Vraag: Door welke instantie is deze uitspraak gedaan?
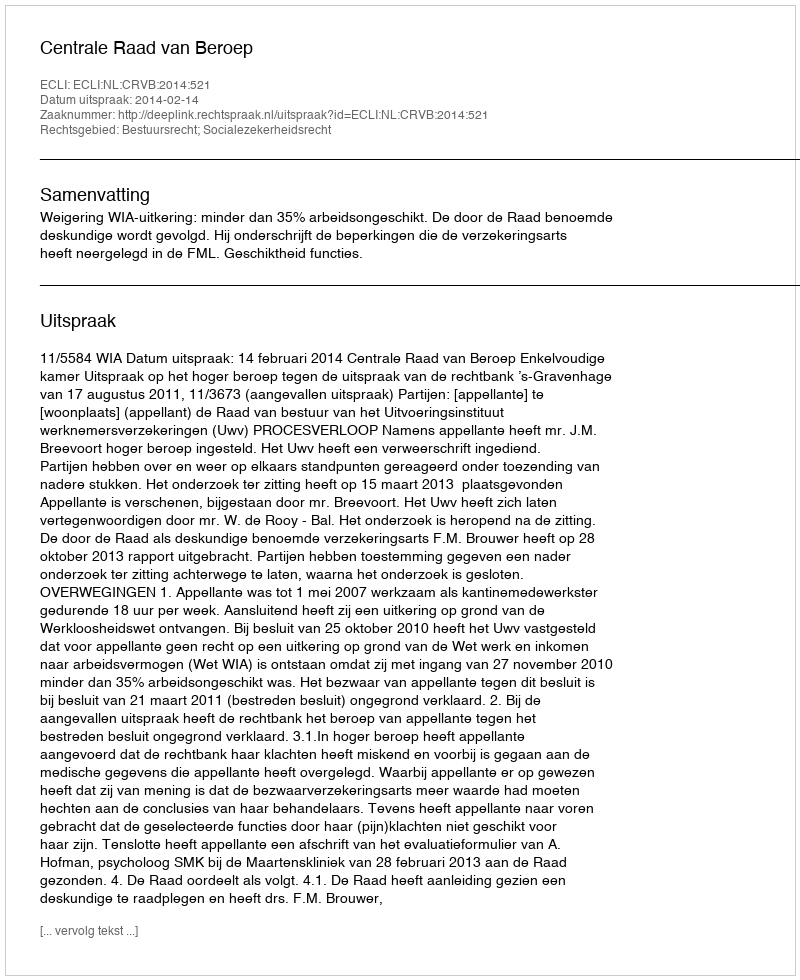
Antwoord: Centrale Raad van Beroep